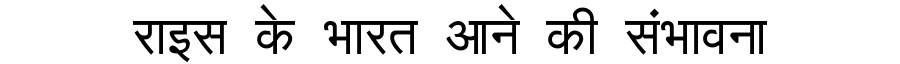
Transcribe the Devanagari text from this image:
राइस के भारत आने की संभावना